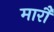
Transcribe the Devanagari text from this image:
मारौं